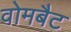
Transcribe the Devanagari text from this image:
वोमबैट